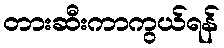
တားဆီးကာကွယ်ရန်